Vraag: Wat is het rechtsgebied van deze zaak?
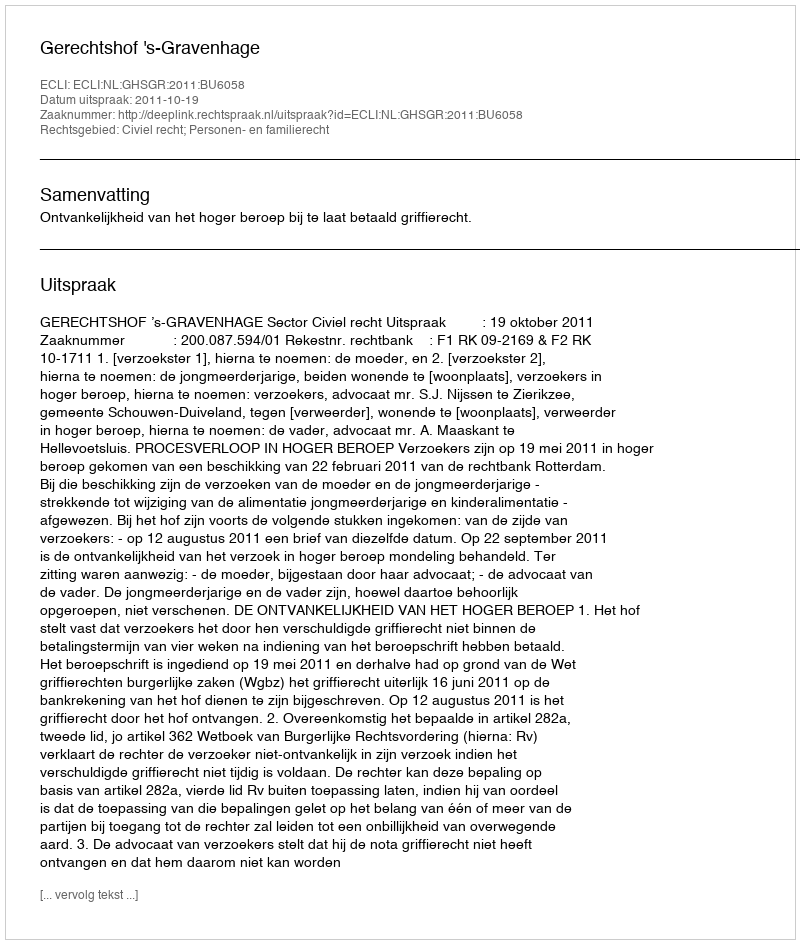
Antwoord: Civiel recht; Personen- en familierecht